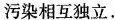
污染相互独立.